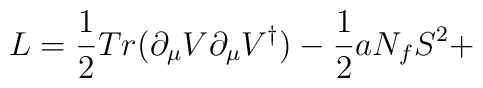
L = \frac{1}{2} Tr ( \partial_{\mu} V \partial_{\mu} V^{\dagger} ) - \frac{1}{2} a N_f S^2 +